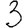
Digit: 3